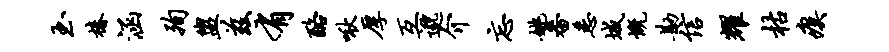
玉椿涵殉盥兹有酪啾厚互邈介忘姚番悉城慨勘信耀枯瘼